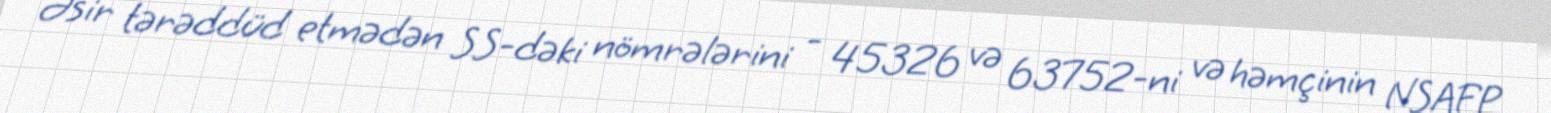
Əsir tərəddüd etmədən SS-dəki nömrələrini - 45326 və 63752-ni və həmçinin NSAFP